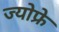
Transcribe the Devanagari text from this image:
ज्योफ्रे